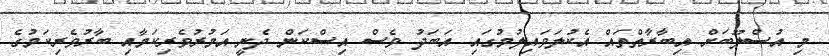
މި އުސްލޫބަށް އިބާރާތްތައް އެކުލަވައިލުމުގައި އަބަދު ވެސް އިސްކަން ދެނީ އަމުރުވެރިކަމާއި ބާރުވެރިކަމުގެ